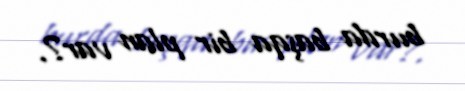
burda başqa bir plan var?.